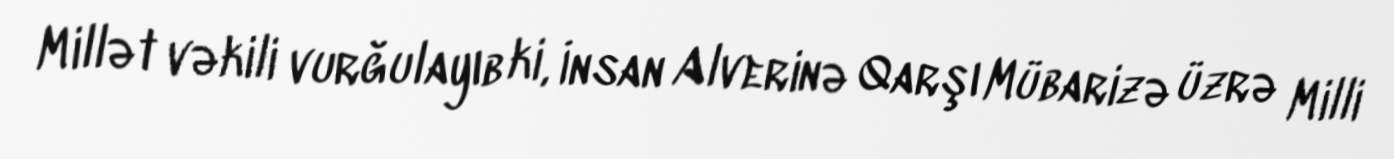
Millət vəkili vurğulayıb ki, İnsan Alverinə Qarşı Mübarizə üzrə Milli